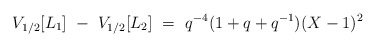
\begin{align*}V_{1/2}[L_1] ~-~V_{1/2}[L_2]~=~q^{-4}(1+q+q^{-1})(X -1)^2\end{align*}